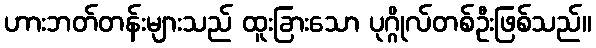
ဟားဘတ်တန်းများသည် ထူးခြားသော ပုဂ္ဂိုလ်တစ်ဦးဖြစ်သည်။